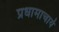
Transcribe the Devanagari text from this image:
प्रधामाचार्य